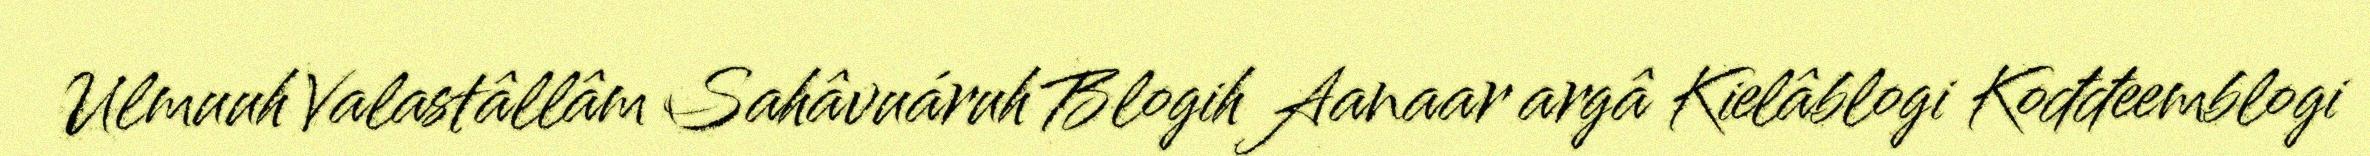
Ulmuuh Valastâllâm Sahâvuáruh Blogih Aanaar argâ Kielâblogi Kođđeemblogi